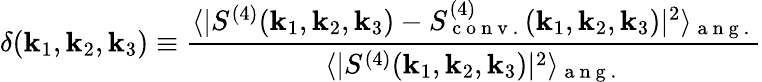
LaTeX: \delta(\mathbf{k}_{1},\mathbf{k}_{2},\mathbf{k}_{3})\equiv\frac{{\langle|S^{(4)}(\mathbf{{\mathbf{k}}}_{1},\mathbf{{\mathbf{k}}}_{2},\mathbf{{\mathbf{k}}}_{3})-S_{\mathrm{{~c~o~n~v~.~}}}^{(4)}(\mathbf{{\mathbf{k}}}_{1},\mathbf{{\mathbf{k}}}_{2},\mathbf{{\mathbf{k}}}_{3})|^{2}\rangle_{\mathrm{{~a~n~g~.~}}}}}{{\langle|S^{(4)}(\mathbf{{\mathbf{k}}}_{1},\mathbf{{\mathbf{k}}}_{2},\mathbf{{\mathbf{k}}}_{3})|^{2}\rangle_{\mathrm{{~a~n~g~.~}}}}}